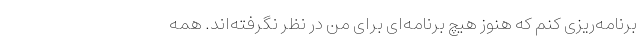
برنامه‌ریزی کنم که هنوز هیچ برنامه‌ای برای من در نظر نگرفته‌اند. همه